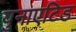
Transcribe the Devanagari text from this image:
युनाएटिड